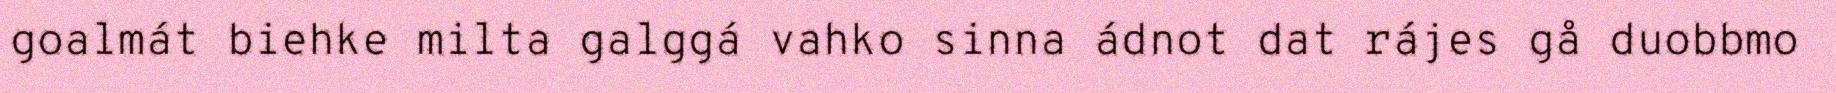
goalmát biehke milta galggá vahko sinna ádnot dat rájes gå duobbmo